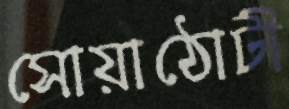
সোয়াঠোটী